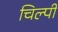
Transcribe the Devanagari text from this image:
चिल्पी